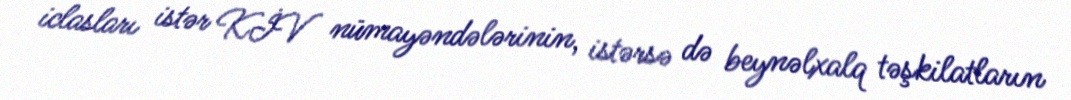
iclasları istər KİV nümayəndələrinin, istərsə də beynəlxalq təşkilatların